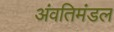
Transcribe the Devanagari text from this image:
अंवतिमंडल